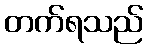
တက်ရသည်